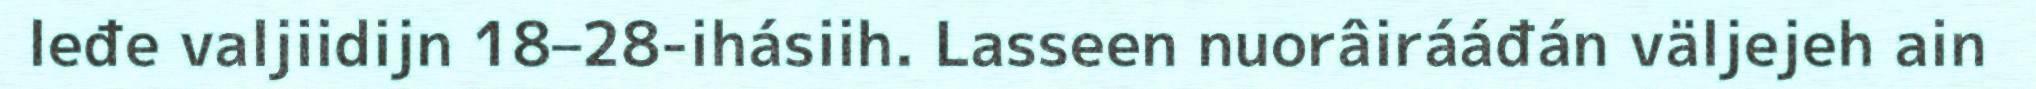
leđe valjiidijn 18–28-ihásiih. Lasseen nuorâirááđán väljejeh ain